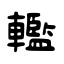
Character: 轞